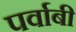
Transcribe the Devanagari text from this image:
पर्वाबी